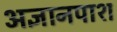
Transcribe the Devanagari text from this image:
अज्ञानपाश